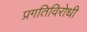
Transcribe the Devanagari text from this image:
प्रगतिविरोधी